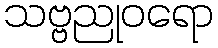
သဗ္ဗညုဝရော